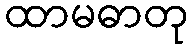
ထာမဓာတု